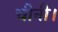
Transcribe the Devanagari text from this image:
चीनी।